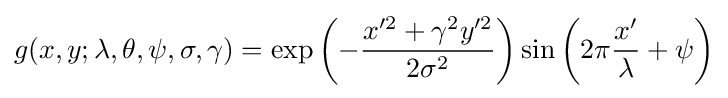
g(x,y;\lambda ,\theta ,\psi ,\sigma ,\gamma )=\exp \left(-{\frac {x'^{2}+\gamma ^{2}y'^{2}}{2\sigma ^{2}}}\right)\sin \left(2\pi {\frac {x'}{\lambda }}+\psi \right)